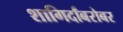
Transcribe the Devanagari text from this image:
शागिर्दांबरोबर